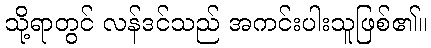
သို့ရာတွင် လန်ဒင်သည် အကင်းပါးသူဖြစ်၏။